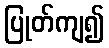
ပြုတ်ကျ၍